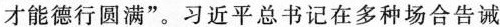
才能德行圆满”。习近平总书记在多种场合告诫